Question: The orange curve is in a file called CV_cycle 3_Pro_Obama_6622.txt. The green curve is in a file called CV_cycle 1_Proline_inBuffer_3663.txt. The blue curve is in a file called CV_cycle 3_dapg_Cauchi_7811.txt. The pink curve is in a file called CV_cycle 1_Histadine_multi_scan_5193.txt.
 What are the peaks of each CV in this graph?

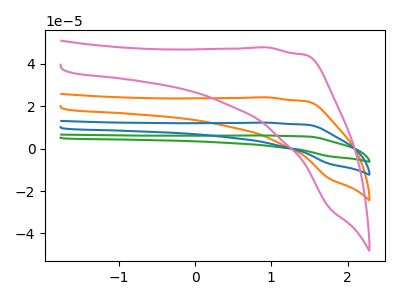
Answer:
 <answer>The orange curve "Pro cycle 3" has no peaks. The green curve "Proline cycle 1" has no peaks. The blue curve "dapg cycle 3" has no peaks. The pink curve "Histadine cycle 1" has no peaks.</answer>
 <eval></eval>